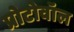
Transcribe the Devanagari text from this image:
प्रोटोवॉल